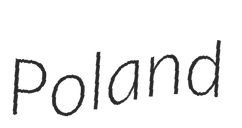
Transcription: Poland